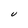
Character: U